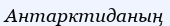
Антарктиданың